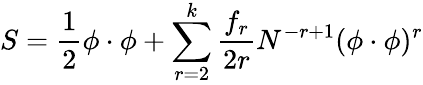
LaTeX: S=\frac 12\phi\cdot\phi+\sum_{r=2}^{k}\frac{f_{r}}{2r}N^{-r+1}(\phi\cdot\phi)^{r}